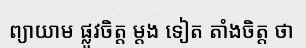
ព្យាយាម ផ្លូវចិត្ត ម្តង ទៀត តាំងចិត្ត ថា